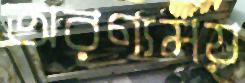
অরণ্যময়